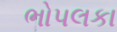
ભોપલકા